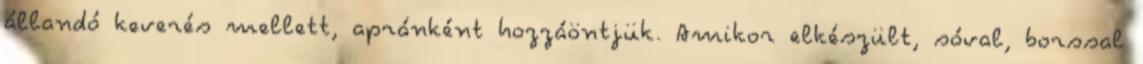
állandó keverés mellett, apránként hozzáöntjük. Amikor elkészült, sóval, borssal